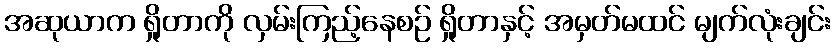
အဆုယာက ရှိုတာကို လှမ်းကြည့်နေစဉ် ရှိုတာနှင့် အမှတ်မထင် မျက်လုံးချင်း